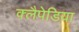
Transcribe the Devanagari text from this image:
क्लैपेडिया